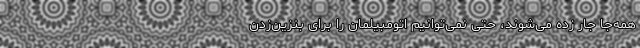
همه‌جا جار زده می‌شوند، حتی نمی‌توانیم اتومبیلمان را برای بنزین‌زدن